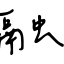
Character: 融